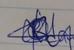
Signature authenticity: genuine